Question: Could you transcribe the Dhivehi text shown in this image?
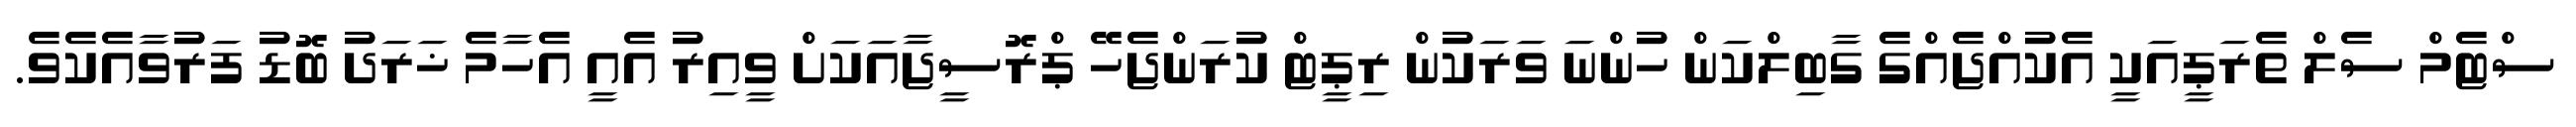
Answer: ސްޓެމް ސެލް ތެރަޕީއަކީ އެކުއްޖެއްގެ ގާބިލްކަން ހުންނަ ވަރަކުން ރިޕީޓް ކުރަންޖެހޭ ޕްރޮސީޖާއަކަށް ވީއިރު އެއީ އެހާމެ ޚަރަދު ބޮޑު ފަރުވާއެކެވެ.